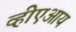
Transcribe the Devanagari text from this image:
व्हीएआय